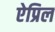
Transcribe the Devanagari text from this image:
ऐप्रिल